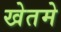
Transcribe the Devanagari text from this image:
खेतमे